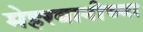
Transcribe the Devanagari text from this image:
मेहरबानीच्या